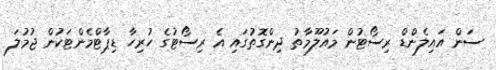
ސަން އައިލެންޑް ރިސޯޓުން މައުލޫމާތު ދިންގޮތުގައި އެ ރިސޯޓުގެ ހުރިހާ ޑިޕާޓްމެންޓަކުން ޖުމުލަ